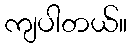
ကျပါတယ်။